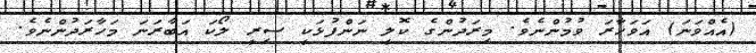
(އެއްވަނަ) އަވަހާރަ ވުމުންނެވެ. މިރަދުންގެ ކޮލީ ނަންފުޅަކީ ސިރީ ލޯކަ އަބާރަނަ މަހާރަދުންނެވެ.